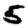
Digit: 5